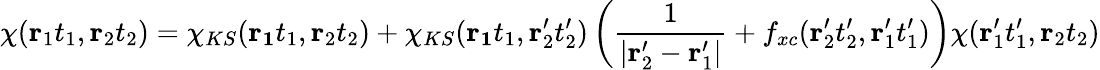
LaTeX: \chi(\mathbf{r}_{1}t_{1},\mathbf{r}_{2}t_{2})=\chi_{KS}(\mathbf{r_{1}}t_{1},\mathbf{r}_{2}t_{2})+\chi_{KS}(\mathbf{r_{1}}t_{1},\mathbf{r}_{2}^{\prime}t_{2}^{\prime})\left({\frac{1}{|\mathbf{r}_{2}^{\prime}-\mathbf{r}_{1}^{\prime}|}}+f_{xc}(\mathbf{r}_{2}^{\prime}t_{2}^{\prime},\mathbf{r}_{1}^{\prime}t_{1}^{\prime})\right)\chi(\mathbf{r}_{1}^{\prime}t_{1}^{\prime},\mathbf{r}_{2}t_{2})